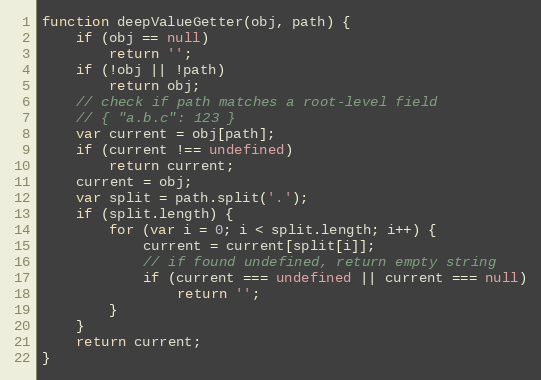
Language: JavaScript
function deepValueGetter(obj, path) {
    if (obj == null)
        return '';
    if (!obj || !path)
        return obj;
    // check if path matches a root-level field
    // { "a.b.c": 123 }
    var current = obj[path];
    if (current !== undefined)
        return current;
    current = obj;
    var split = path.split('.');
    if (split.length) {
        for (var i = 0; i < split.length; i++) {
            current = current[split[i]];
            // if found undefined, return empty string
            if (current === undefined || current === null)
                return '';
        }
    }
    return current;
}